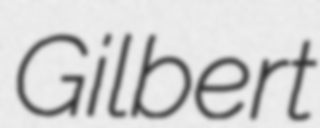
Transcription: Gilbert